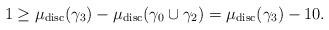
LaTeX: \begin{align*} 1\geq \mu_{\mathrm{disc}}(\gamma_{3})-\mu_{\mathrm{disc}}(\gamma_{0}\cup{\gamma_{2}})=\mu_{\mathrm{disc}}(\gamma_{3})-10.\end{align*}